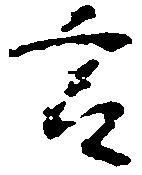
言